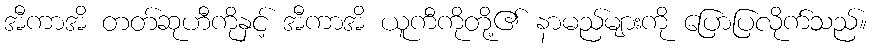
အီကာအိ တတ်ဆုဟီကိုနှင့် အီကာအိ ယူကီကိုတို့၏ နာမည်များကို ပြောပြလိုက်သည်။